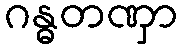
ဂန္ဓတဏှာ